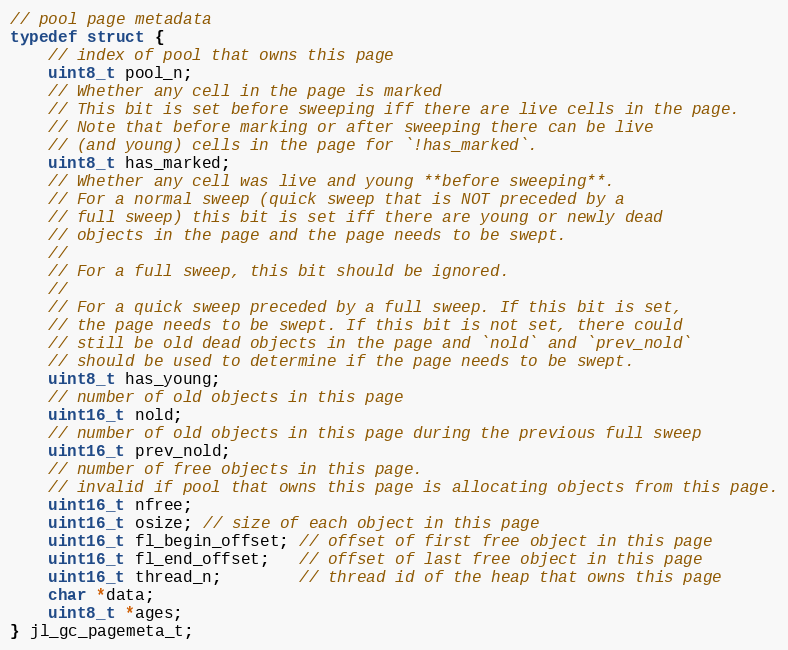
Language: C
// pool page metadata
typedef struct {
    // index of pool that owns this page
    uint8_t pool_n;
    // Whether any cell in the page is marked
    // This bit is set before sweeping iff there are live cells in the page.
    // Note that before marking or after sweeping there can be live
    // (and young) cells in the page for `!has_marked`.
    uint8_t has_marked;
    // Whether any cell was live and young **before sweeping**.
    // For a normal sweep (quick sweep that is NOT preceded by a
    // full sweep) this bit is set iff there are young or newly dead
    // objects in the page and the page needs to be swept.
    //
    // For a full sweep, this bit should be ignored.
    //
    // For a quick sweep preceded by a full sweep. If this bit is set,
    // the page needs to be swept. If this bit is not set, there could
    // still be old dead objects in the page and `nold` and `prev_nold`
    // should be used to determine if the page needs to be swept.
    uint8_t has_young;
    // number of old objects in this page
    uint16_t nold;
    // number of old objects in this page during the previous full sweep
    uint16_t prev_nold;
    // number of free objects in this page.
    // invalid if pool that owns this page is allocating objects from this page.
    uint16_t nfree;
    uint16_t osize; // size of each object in this page
    uint16_t fl_begin_offset; // offset of first free object in this page
    uint16_t fl_end_offset;   // offset of last free object in this page
    uint16_t thread_n;        // thread id of the heap that owns this page
    char *data;
    uint8_t *ages;
} jl_gc_pagemeta_t;